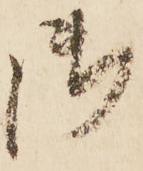
御